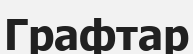
Графтар